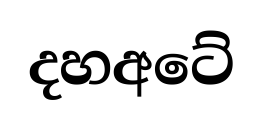
දහඅටේ